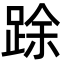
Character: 䟻